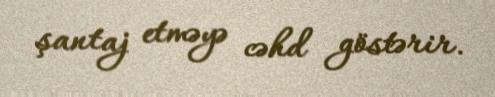
şantaj etməyə cəhd göstərir.